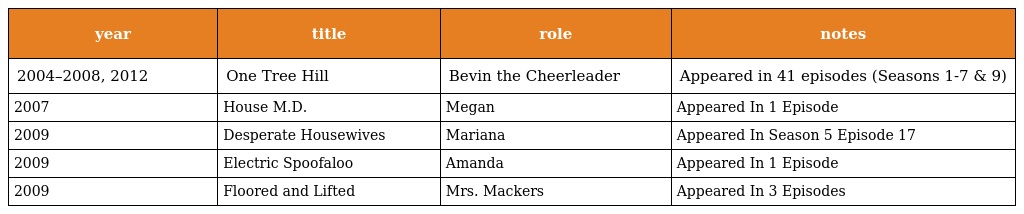
| year | title | role | notes |
 | --- | --- | --- | --- |
 | 2004–2008, 2012 | One Tree Hill | Bevin the Cheerleader | Appeared in 41 episodes (Seasons 1-7 & 9) |
 | 2007 | House M.D. | Megan | Appeared In 1 Episode |
 | 2009 | Desperate Housewives | Mariana | Appeared In Season 5 Episode 17 |
 | 2009 | Electric Spoofaloo | Amanda | Appeared In 1 Episode |
 | 2009 | Floored and Lifted | Mrs. Mackers | Appeared In 3 Episodes |